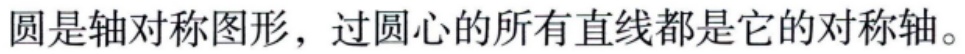
圆是轴对称图形，过圆心的所有直线都是它的对称轴。